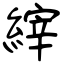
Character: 縡